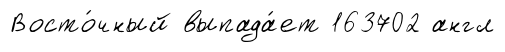
Восто́чный выпада́ет 163702 англ